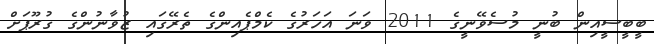
ބީބީސީއިން ބުނީ މުސެވޭނީގެ 2011 ވަނަ އަހަރުގެ ކެމްޕެއިންގެ ތެރޭގައި ޒުވާނުންގެ ގުރޫޕަށް